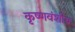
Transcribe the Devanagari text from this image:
कृष्णवंशीय